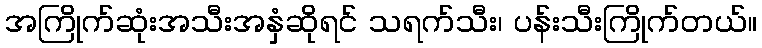
အကြိုက်ဆုံးအသီးအနှံဆိုရင် သရက်သီး၊ ပန်းသီးကြိုက်တယ်။